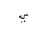
Letter: _ya